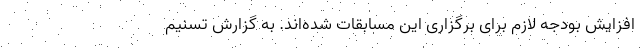
افزایش بودجه لازم برای برگزاری این مسابقات شده‌اند. به گزارش تسنیم